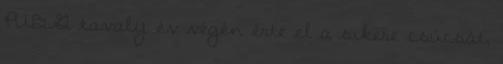
PUBG tavaly év végén érte el a sikere csúcsát,